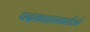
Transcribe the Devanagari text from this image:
पदकप्राप्तकर्ताओं